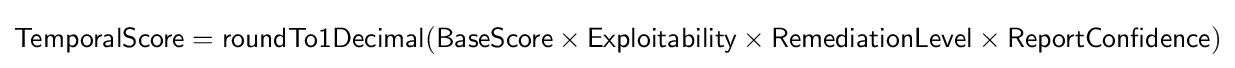
{\textsf {TemporalScore}}={\textsf {roundTo1Decimal}}({\textsf {BaseScore}}\times {\textsf {Exploitability}}\times {\textsf {RemediationLevel}}\times {\textsf {ReportConfidence}})